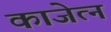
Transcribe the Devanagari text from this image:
काजेत्न